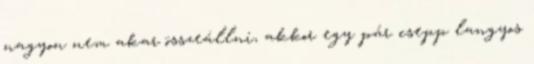
nagyon nem akar összeállni, akkor egy pár csepp langyos